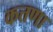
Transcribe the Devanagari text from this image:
कत्तणा